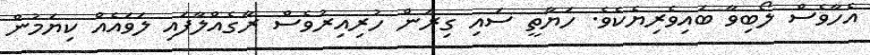
އެހާވެސް ލޯބިވާ ބައިވެރިޔެކެވެ. ހަޔާތީ ސައި ގިރަން ހުރިއިރުވެސް ރާގެއްލާފައި ލަވައެއް ކިޔަމުން